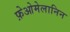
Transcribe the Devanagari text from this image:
फ़ेओमेलानिन